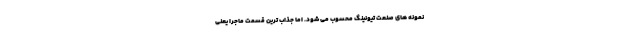
نمونه های صنعت تیونینگ محسوب می شود. اما جذاب ترین قسمت ماجرا یعنی